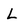
Character: L